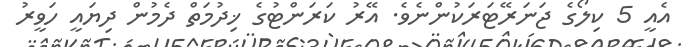
އެއީ 5 ކިލޯގެ ޖަނަރޭޓަރަކުންނެވެ. އޭރު ކަރަންޓުގެ ޚިދުމަތް ދެމުން ދިޔައީ ހަވީރު